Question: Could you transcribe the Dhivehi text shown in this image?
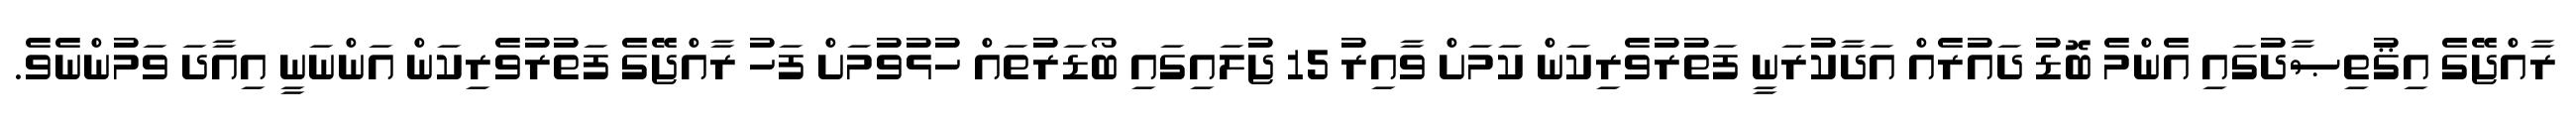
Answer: ރާއްޖޭގެ އިޤުތިޞާދުގައި އެންމެ ބޮޑު ދައުރެއް އަދާކުރަނީ ފަތުރުވެރިކަން ކަމަށް ވާއިރު 15 ޖުލައިގައި ބޯޑަރުތައް ހުޅުވުމަށް ފަހު ރާއްޖޭގެ ފަތުރުވެރިކަން އަންނަނީ އިއާދަ ވަމުންނެވެ.